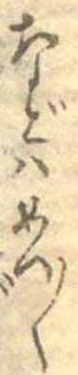
などはめい〱